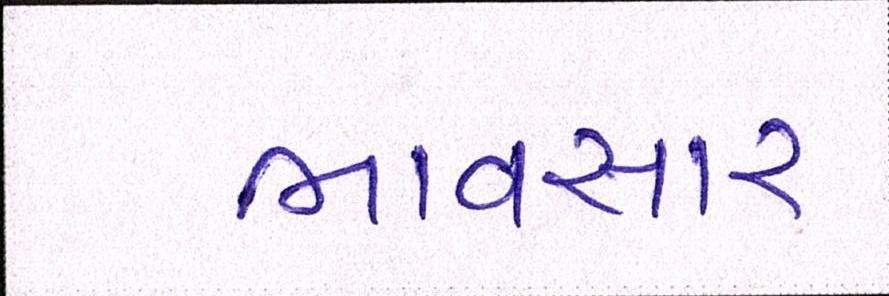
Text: ભાવસારઃ